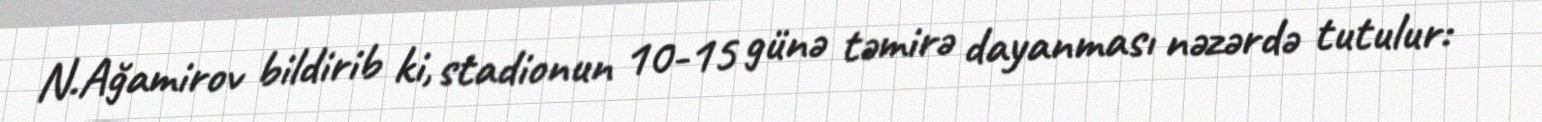
N.Ağamirov bildirib ki, stadionun 10-15 günə təmirə dayanması nəzərdə tutulur: